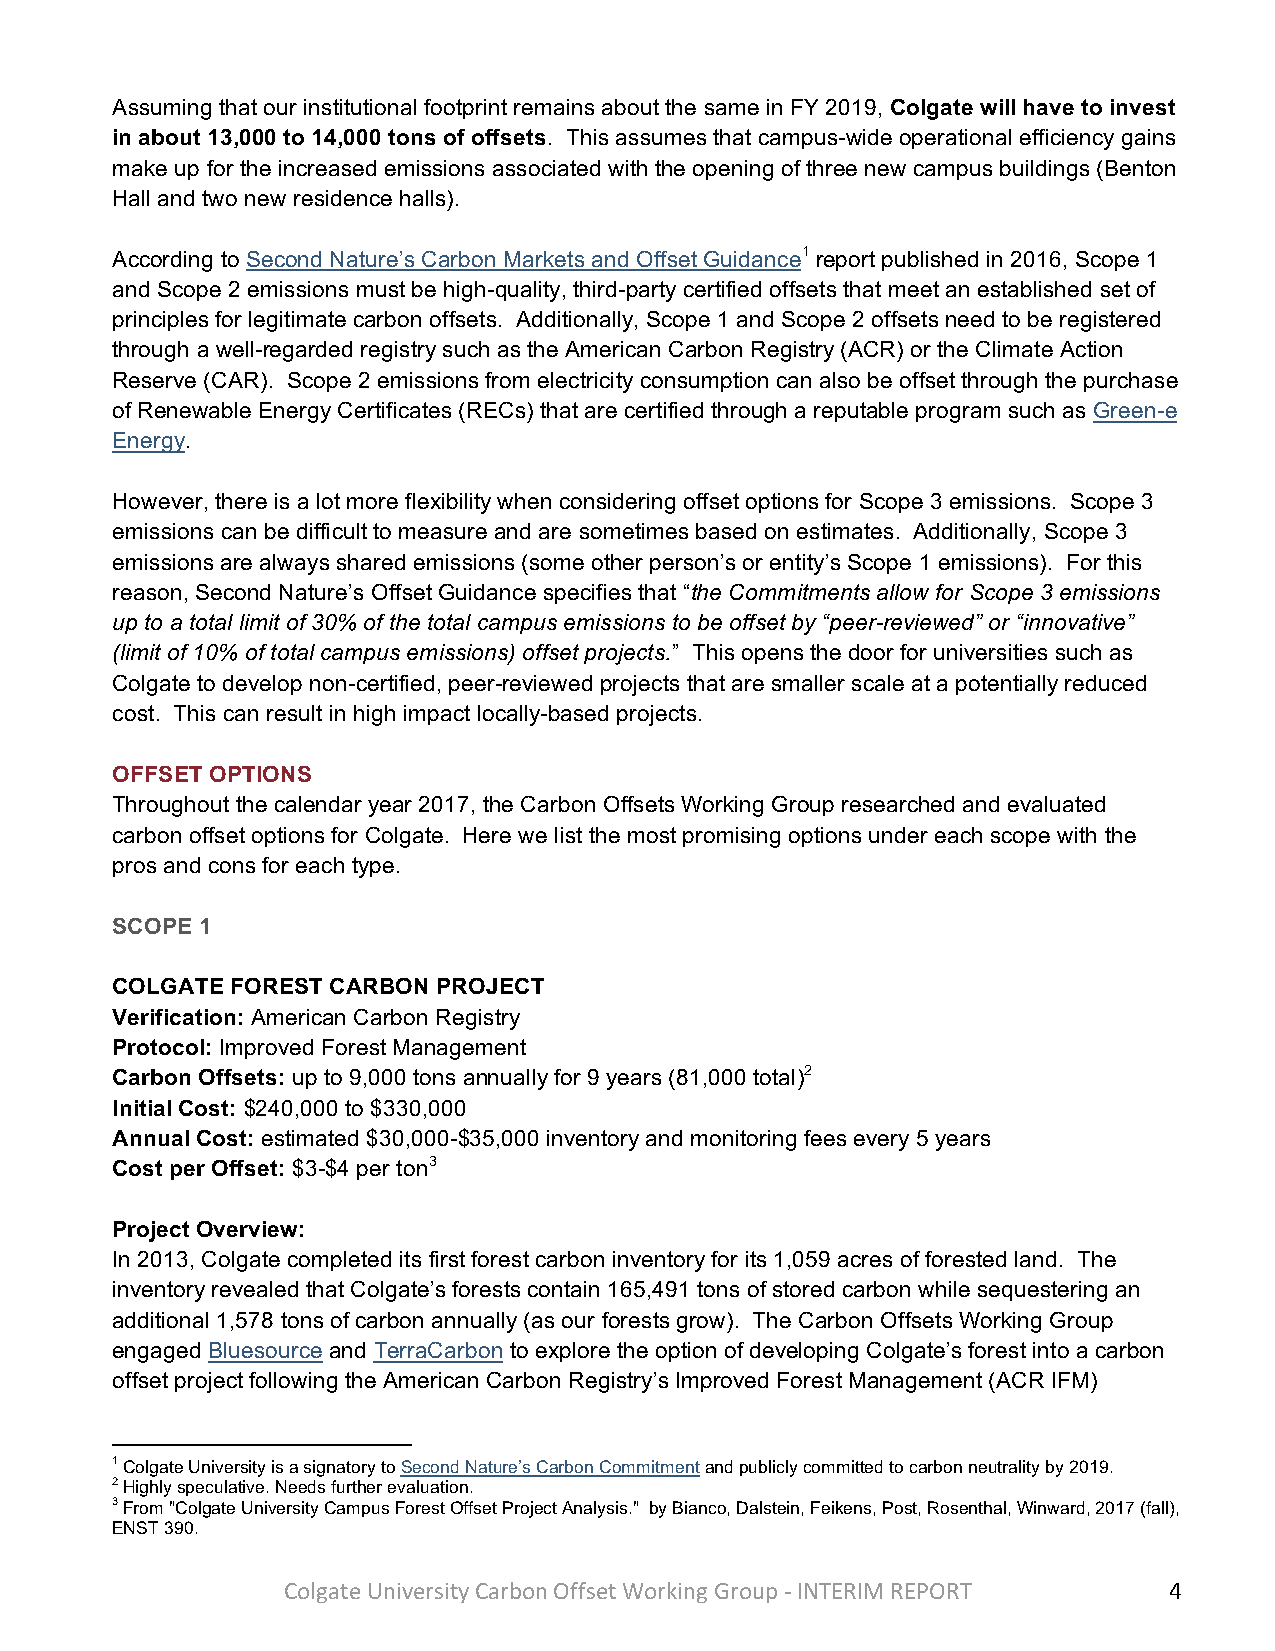
Assuming that our institutional footprint remains about the same in FY 2019, Colgate will have to invest
 in about 13,000 to 14,000 tons of offsets. This assumes that campus-wide operational efficiency gains
 make up for the increased emissions associated with the opening of three new campus buildings (Benton
 Hall and two new residence halls).
 According to Second Nature’s Carbon Markets and Offset Guidance1 report published in 2016, Scope 1
 and Scope 2 emissions must be high-quality, third-party certified offsets that meet an established set of
 principles for legitimate carbon offsets. Additionally, Scope 1 and Scope 2 offsets need to be registered
 through a well-regarded registry such as the American Carbon Registry (ACR) or the Climate Action
 Reserve (CAR). Scope 2 emissions from electricity consumption can also be offset through the purchase
 of Renewable Energy Certificates (RECs) that are certified through a reputable program such as Green-e
 Energy.
 However, there is a lot more flexibility when considering offset options for Scope 3 emissions. Scope 3
 emissions can be difficult to measure and are sometimes based on estimates. Additionally, Scope 3
 emissions are always shared emissions (some other person’s or entity’s Scope 1 emissions). For this
 reason, Second Nature’s Offset Guidance specifies that “the Commitments allow for Scope 3 emissions
 up to a total limit of 30% of the total campus emissions to be offset by “peer-reviewed” or “innovative”
 (limit of 10% of total campus emissions) offset projects.” This opens the door for universities such as
 Colgate to develop non-certified, peer-reviewed projects that are smaller scale at a potentially reduced
 cost. This can result in high impact locally-based projects.
 OFFSET OPTIONS
 Throughout the calendar year 2017, the Carbon Offsets Working Group researched and evaluated
 carbon offset options for Colgate. Here we list the most promising options under each scope with the
 pros and cons for each type.
 SCOPE 1
 COLGATE FOREST CARBON PROJECT
 Verification: American Carbon Registry
 Protocol: Improved Forest Management
 Carbon Offsets: up to 9,000 tons annually for 9 years (81,000 total)2
 Initial Cost: $240,000 to $330,000
 Annual Cost: estimated $30,000-$35,000 inventory and monitoring fees every 5 years
 Cost per Offset: $3-$4 per ton3
 Project Overview:
 In 2013, Colgate completed its first forest carbon inventory for its 1,059 acres of forested land. The
 inventory revealed that Colgate’s forests contain 165,491 tons of stored carbon while sequestering an
 additional 1,578 tons of carbon annually (as our forests grow). The Carbon Offsets Working Group
 engaged Bluesource and TerraCarbon to explore the option of developing Colgate’s forest into a carbon
 offset project following the American Carbon Registry’s Improved Forest Management (ACR IFM)
 1 Colgate University is a signatory to Second Nature’s Carbon Commitment and publicly committed to carbon neutrality by 2019.
 2 Highly speculative. Needs further evaluation.
 3 From "Colgate University Campus Forest Offset Project Analysis." by Bianco, Dalstein, Feikens, Post, Rosenthal, Winward, 2017 (fall),
 ENST 390.
 Colgate University Carbon Offset Working Group - INTERIM REPORT 4